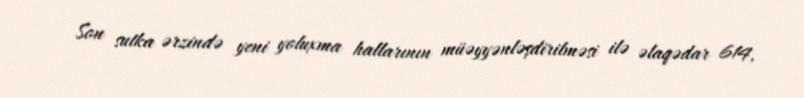
Son sutka ərzində yeni yoluxma hallarının müəyyənləşdirilməsi ilə əlaqədar 614,